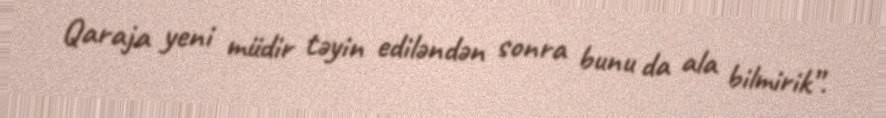
Qaraja yeni müdir təyin ediləndən sonra bunu da ala bilmirik”.